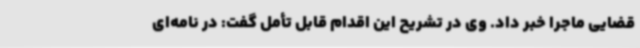
قضایی ماجرا خبر داد. وی در تشریح این اقدام قابل تأمل گفت: در نامه‌ای